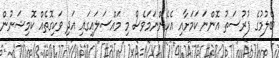
ބެލުމުގެ ފުރުސަތު އޮންނަ ކަމަށާއި އެހެންނަމަވެސް މި މައްސަލައިގައި އަދި ވަކިގޮތެއް ކޮމިޝަނުން